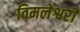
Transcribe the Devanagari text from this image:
विमलेश्वरी